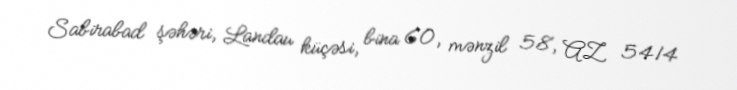
Sabirabad şəhəri, Landau küçəsi, bina 60, mənzil 58, AZ 5414